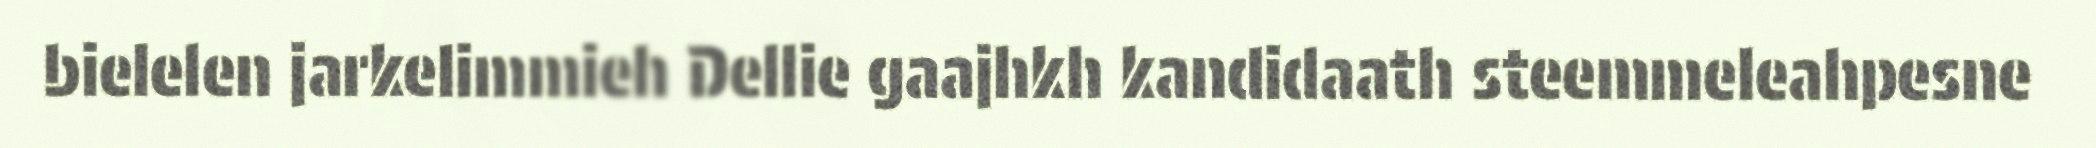
bielelen jarkelimmieh Dellie gaajhkh kandidaath steemmeleahpesne